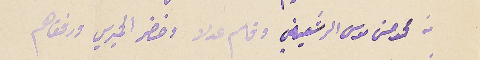
من محمد حسن موسى الرشعيني وقاسم عدلا وخضر الحميري ورفقاهم